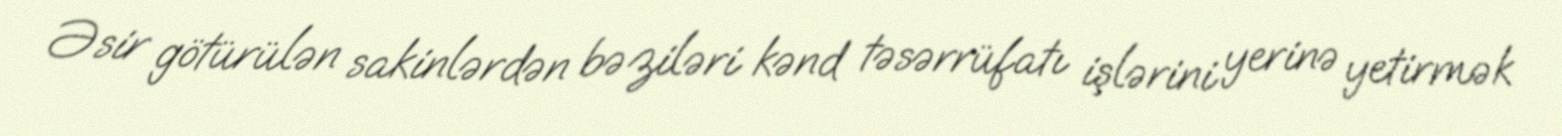
Əsir götürülən sakinlərdən bəziləri kənd təsərrüfatı işlərini yerinə yetirmək